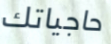
حاجياتك